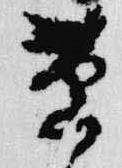
草